Civil Veterinary Department. Central Provinces & Berar 1932-41 - 1932-1941
Year: 1932
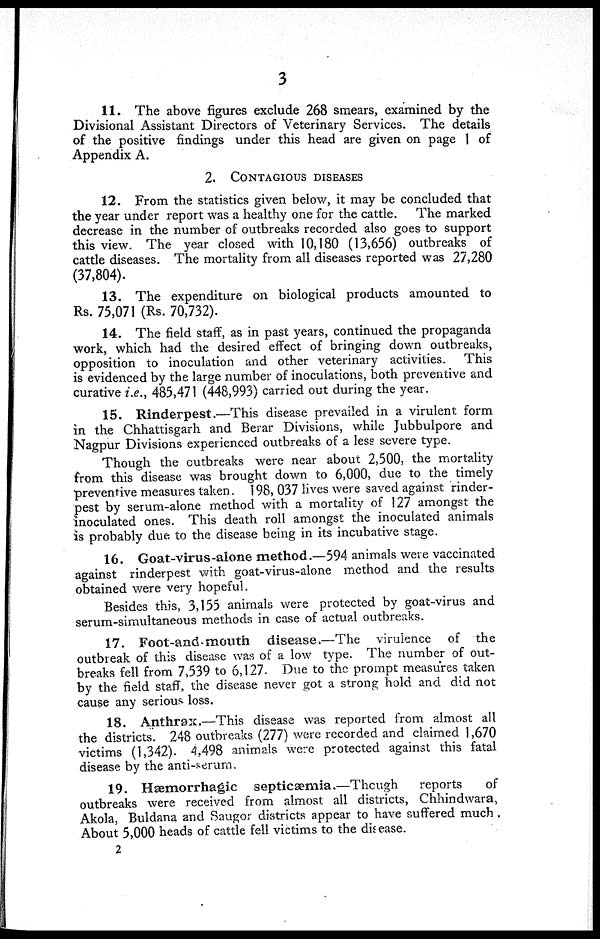
3
11. The above figures exclude 268 smears, examined by the
Divisional Assistant Directors of Veterinary Services. The details
of the positive findings under this head are given on page 1 of
Appendix A.
2.
CONTAGIOUS DISEASES
12. From the statistics given below, it may be concluded that
the year under report was a healthy one for the cattle. The marked
decrease in the number of outbreaks recorded also goes to support
this view. The year closed with 10,180 (13,656) outbreaks of
cattle diseases. The mortality from all diseases reported was 27,280
(37,804).
13. The expenditure on biological products amounted to
Rs. 75,071 (Rs. 70,732).
14. The field staff, as in past years, continued the propaganda
work, which had the desired effect of bringing down outbreaks,
opposition to inoculation and other veterinary activities. This
is evidenced by the large number of inoculations, both preventive and
curative i.e., 485,471 (448,993) carried out during the year.
15. Rinderpest.—This disease prevailed in a virulent form
in the Chhattisgarh and Berar Divisions, while Jubbulpore and
Nagpur Divisions experienced outbreaks of a less severe type.
Though the outbreaks were near about 2,500, the mortality
from this disease was brought down to 6,000, due to the timely
preventive measures taken. 198, 037 lives were saved against rinder-
pest by serum-alone method with a mortality of 127 amongst the
inoculated ones. This death roll amongst the inoculated animals
is probably due to the disease being in its incubative stage.
16. Goat-virus-alone method.—594 animals were vaccinated
against rinderpest with goat-virus-alone method and the results
obtained were very hopeful.
Besides this, 3,155 animals were protected by goat-virus and
serum-simultaneous methods in case of actual outbreaks.
17. Foot-and-mouth
disease.—The virulence of the
outbreak of this disease was of a low type. The number of out-
breaks fell from 7,539 to 6,127. Due to the prompt measures taken
by the field staff, the disease never got a strong hold and did not
cause any serious loss.
18. Anthrax.—This disease was reported from almost all
the districts. 248 outbreaks (277) were recorded and claimed 1,670
victims (1,342). 4,498 animals were protected against this fatal
disease by the anti-serum.
19. Hæmorrhagic septicæmia.—Though
reports
of
outbreaks were received from almost all districts, Chhindwara,
Akola, Buldana and Saugor districts appear to have suffered much.
About 5,000 heads of cattle fell victims to the disease.
2